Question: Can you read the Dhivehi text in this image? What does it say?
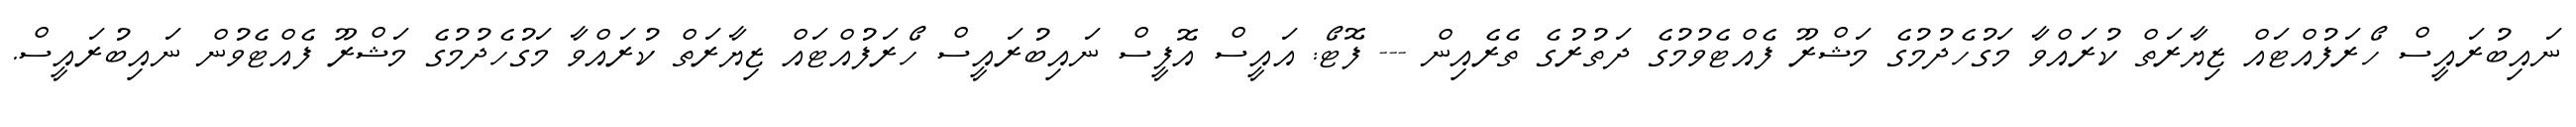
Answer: ނައިބުރައީސް ހޯރަފުއްޓައް ޒިޔާރަތް ކުރައްވާ މަގުހެދުމުގެ މަޝްރޫ ފެއްޓެވުމުގެ ދަތުރުގެ ތެރެއިން --- ފޮޓޯ: އައީސް އޮފީސް ނައިބުރައީސް ހޯރަފުއްޓައް ޒިޔާރަތް ކުރައްވާ މަގުހެދުމުގެ މަޝްރޫ ފެއްޓެވުން ނައިބުރައީސް.